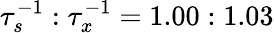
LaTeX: \tau_{s}^{-1}:\tau_{x}^{-1}=1.00:1.03